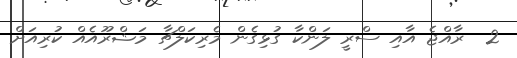
2  ރާއްޖެ އާއި ސްރީ ލަންކާ ގުޅިގެން މެރިކަލްޗާ މަޝްރޫއެއް ކުރިއަށް